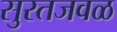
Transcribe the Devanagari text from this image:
सुरतजवळ